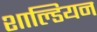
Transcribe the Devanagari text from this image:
शाल्डियन